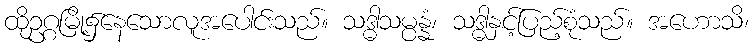
ထိုဥဂ္ဂမြို့၌နေသောလူအပေါင်းသည်။ သဒ္ဓါသမ္ပန္နံ၊ သဒ္ဓါနှင့်ပြည့်စုံသည်။ အဟောသိ၊